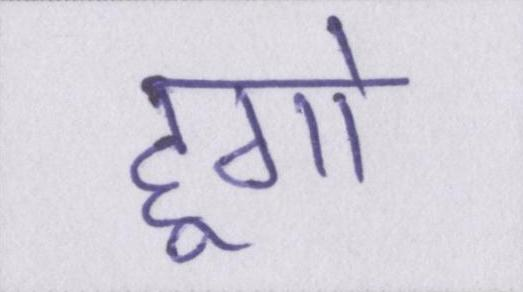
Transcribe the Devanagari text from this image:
हूगो